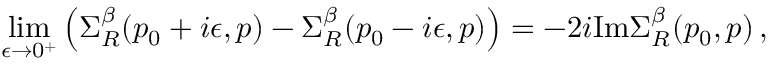
\operatorname * { l i m } _ { \epsilon \to 0 ^ { + } } \left( \Sigma _ { R } ^ { \beta } ( p _ { 0 } + i \epsilon , p ) - \Sigma _ { R } ^ { \beta } ( p _ { 0 } - i \epsilon , p ) \right) = - 2 i \mathrm { I m } \Sigma _ { R } ^ { \beta } ( p _ { 0 } , p ) \, ,